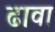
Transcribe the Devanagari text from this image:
ढावा